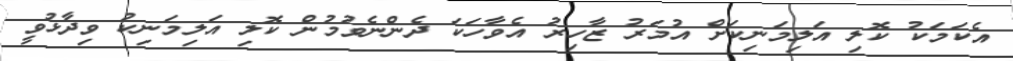
އެކަމަކު ކޮލި އަލިމަނިކަށް އުމަރު ޒާހިރު އެވާހަކަ ދެންނެވުމުން ކޮލި އަލިމަނިކު ވިދާޅުވީ